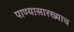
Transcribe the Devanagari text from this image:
पाण्यासारख्याच